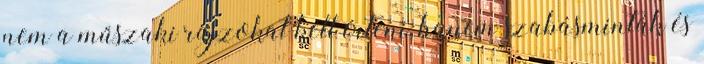
nem a műszaki rajzokat kell érteni, hanem szabásminták és